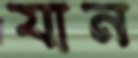
যান